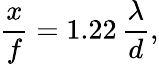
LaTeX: {\frac{x}{f}}=1.22\, {\frac{\lambda}{d}},